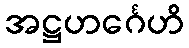
အဋ္ဌဟင်္ဂေဟိ